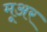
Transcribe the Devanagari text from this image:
मूअर